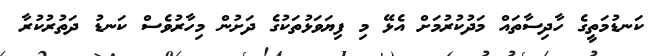
ކަނޑުމަތީގެ ހާދިސާތައް މަދުކުރުމަށް އެޅޭ މި ފިޔަވަޅުތަކުގެ ދަށުން މިހާރުވެސް ކަނޑު ދަތުރުކުރާ